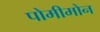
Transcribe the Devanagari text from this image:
पोमीमोन